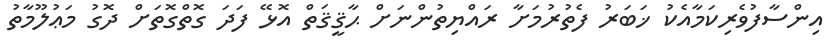
އިންސާފުވެރިކަމާއެކު ޚަބަރު ފެތުރުމަށާ ރައްޔިތުންނަށް ޙާޤީޤަތް އޮޅޭ ފަދަ ގޮތްގޮތަށް ދޮގު މަޢުލޫމާތު